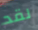
لقد